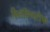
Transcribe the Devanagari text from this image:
सिनसिनाटीचा